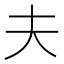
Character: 夫